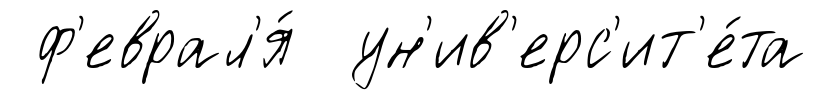
ф'еврал'я́ ун'ив'ерс'ит'е́та